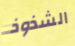
الشذوذ